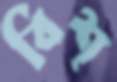
বিশ্